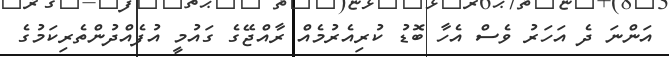
އަންނަ ދެ އަހަރު ވެސް އެހާ ބޮޑު ކުރިއެރުމެއް ރާއްޖޭގެ ގައުމީ އުފެއްދުންތެރިކަމުގެ